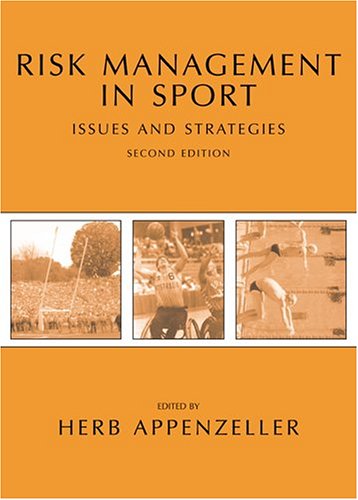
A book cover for Risk Management In Sport: Issues And Strategies; Law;